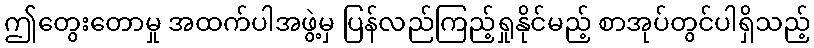
ဤတွေးတောမှု အထက်ပါအဖွဲ့မှ ပြန်လည်ကြည့်ရှုနိုင်မည့် စာအုပ်တွင်ပါရှိသည့်